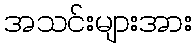
အသင်းများအား